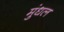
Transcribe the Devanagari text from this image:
मुंधल